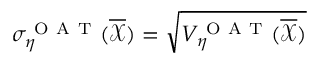
\sigma _ { \eta } ^ { \mathrm { ~ O ~ A ~ T ~ } } ( \overline { { \mathcal { X } } } ) = \sqrt { V _ { \eta } ^ { \mathrm { ~ O ~ A ~ T ~ } } ( \overline { { \mathcal { X } } } ) }